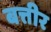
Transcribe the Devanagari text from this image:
बत्तीर